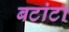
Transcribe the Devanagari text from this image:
बटांटा